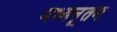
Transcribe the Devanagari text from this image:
मध्यनूतम